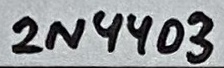
Text: 2N4403